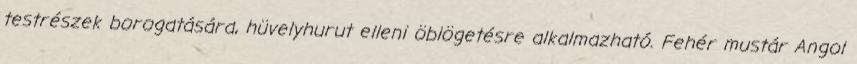
testrészek borogatására, hüvelyhurut elleni öblögetésre alkalmazható. Fehér mustár Angol